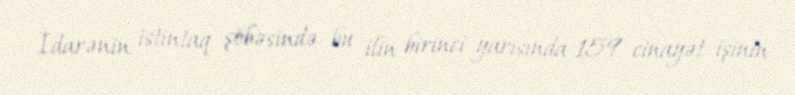
İdarənin istintaq şöbəsində bu ilin birinci yarısında 159 cinayət işinin